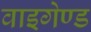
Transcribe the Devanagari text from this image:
वाइगेण्ड